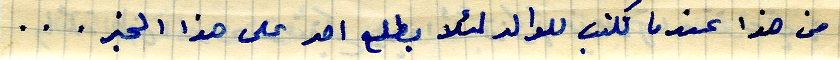
من هذا عندما تكتب للوالد لئلا يطلع احد على هذا الخبر...